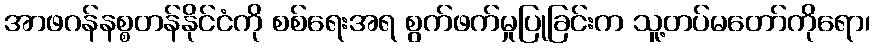
အာဖဂန်နစ္စတန်နိုင်ငံကို စစ်ရေးအရ စွက်ဖက်မှုပြုခြင်းက သူ့တပ်မတော်ကိုရော၊